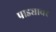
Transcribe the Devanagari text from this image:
पाड्यावर